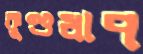
কুণ্ডধাপ